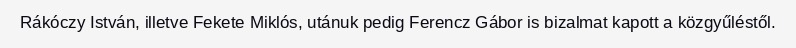
Rákóczy István, illetve Fekete Miklós, utánuk pedig Ferencz Gábor is bizalmat kapott a közgyűléstől.